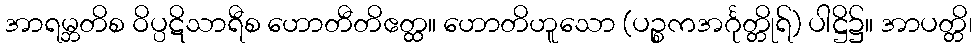
အာရမ္ဘတိစ ဝိပ္ပဋိသာရီစ ဟောတီတိဧတ္ထ။ ဟောတိဟူသော (ပဉ္စကအင်္ဂုတ္တိုရ်) ပါဋ္ဌိ၌။ အာပတ္တိ၊